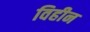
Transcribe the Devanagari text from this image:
विहीन